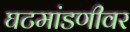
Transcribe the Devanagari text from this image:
घटमांडणीवर